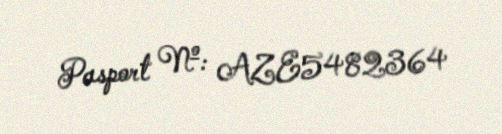
Pasport №: AZE5482364